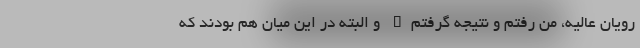
رویان عالیه، من رفتم و نتیجه گرفتم" و البته در این میان هم بودند که